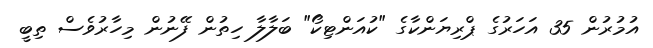
އުމުރުން 35 އަހަރުގެ ޕްރިޔަންކާގެ "ކުއަންޓިކޯ" ބަލާލާ ހިތުން ފޭނުން މިހާރުވެސް ތިބީ